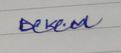
Signature authenticity: genuine